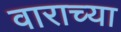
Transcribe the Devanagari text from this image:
वाराच्या